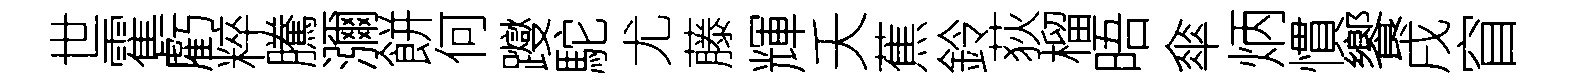
世霍虧粹騰瀰餅何躞駝尤藤輝夭蕉鈴荻榴晤傘炳慣饗戌窅